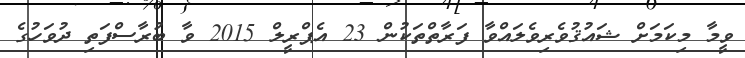
ވީމާ މިކަމަށް ޝައުޤުވެރިވެލައްވާ ފަރާތްތަކުން 23 އެޕްރީލް 2015 ވާ ބުރާސްފަތި ދުވަހުގެ